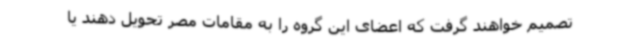
تصمیم خواهند گرفت که اعضای این گروه را به مقامات مصر تحویل دهند یا